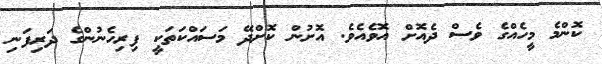
ކޮންމެ މީހެއްގެ ވެސް ދެއޮށް އޮވެއެވެ. އޮށުން ކޮށްދޭ މަސައްކަތަކީ ފިރިހެނުންގެ ދަރިފަނި